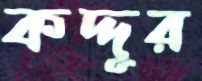
কদ্দূর